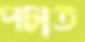
পচাত